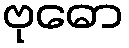
ဗုဓော